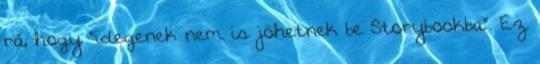
rá, hogy “idegenek nem is jöhetnek be Storybookba”. Ez